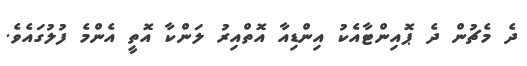
ދެ މެޗުން ދެ ޕޮއިންޓާއެކު އިންޑިއާ އޮތްއިރު ލަންކާ އޮތީ އެންމެ ފުލުގައެވެ.